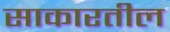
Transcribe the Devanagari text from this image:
साकारतील